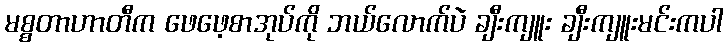
မစ္စတာဟာတီက ဖေဖေ့စာအုပ်ကို ဘယ်လောက်ပဲ ချီးကျူး ချီးကျူးမင်းကပါ